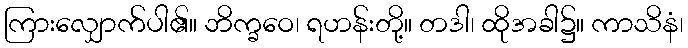
ကြားလျှောက်ပါ၏။ ဘိက္ခဝေ၊ ရဟန်းတို့။ တဒါ၊ ထိုအခါ၌။ ကာသိနံ၊